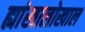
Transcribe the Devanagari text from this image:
ह्यांखालोखाल